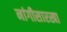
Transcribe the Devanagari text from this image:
नांगीसारखा